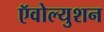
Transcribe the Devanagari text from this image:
ऍवोल्युशन